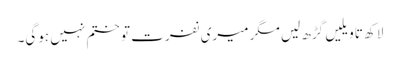
لاکھ تاویلیں گڑھ لیں مگر میری نفرت تو ختم نہیں ہوگی۔